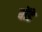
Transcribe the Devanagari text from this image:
बोंडे